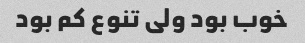
خوب بود ولی تنوع کم بود